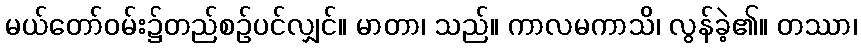
မယ်တော်ဝမ်း၌တည်စဉ်ပင်လျှင်။ မာတာ၊ သည်။ ကာလမကာသိ၊ လွန်ခဲ့၏။ တဿာ၊